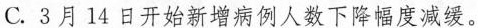
C.3月14日开始新增病例人数下降幅度减缓。